Problem: 17 + 2 = ?
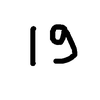
Handwritten answer: 19